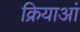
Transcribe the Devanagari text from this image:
क्रियाआं